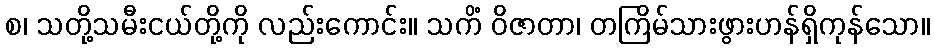
စ၊ သတို့သမီးငယ်တို့ကို လည်းကောင်း။ သကိံ ဝိဇာတာ၊ တကြိမ်သားဖွားဟန်ရှိကုန်သော။